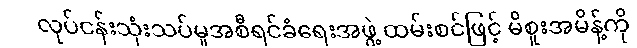
လုပ်ငန်းသုံးသပ်မှုအစီရင်ခံရေးအဖွဲ့ ထမ်းစင်ဖြင့် မိစူးအမိန့်ကို